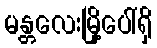
မန္တလေးမြို့ပေါ်ရှိ